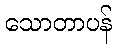
သောတာပန်